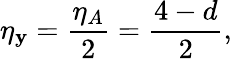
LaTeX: \eta_{\mathbf{y}}=\frac{{\eta_{A}}}{{2}}=\frac{{4-d}}{{2}},